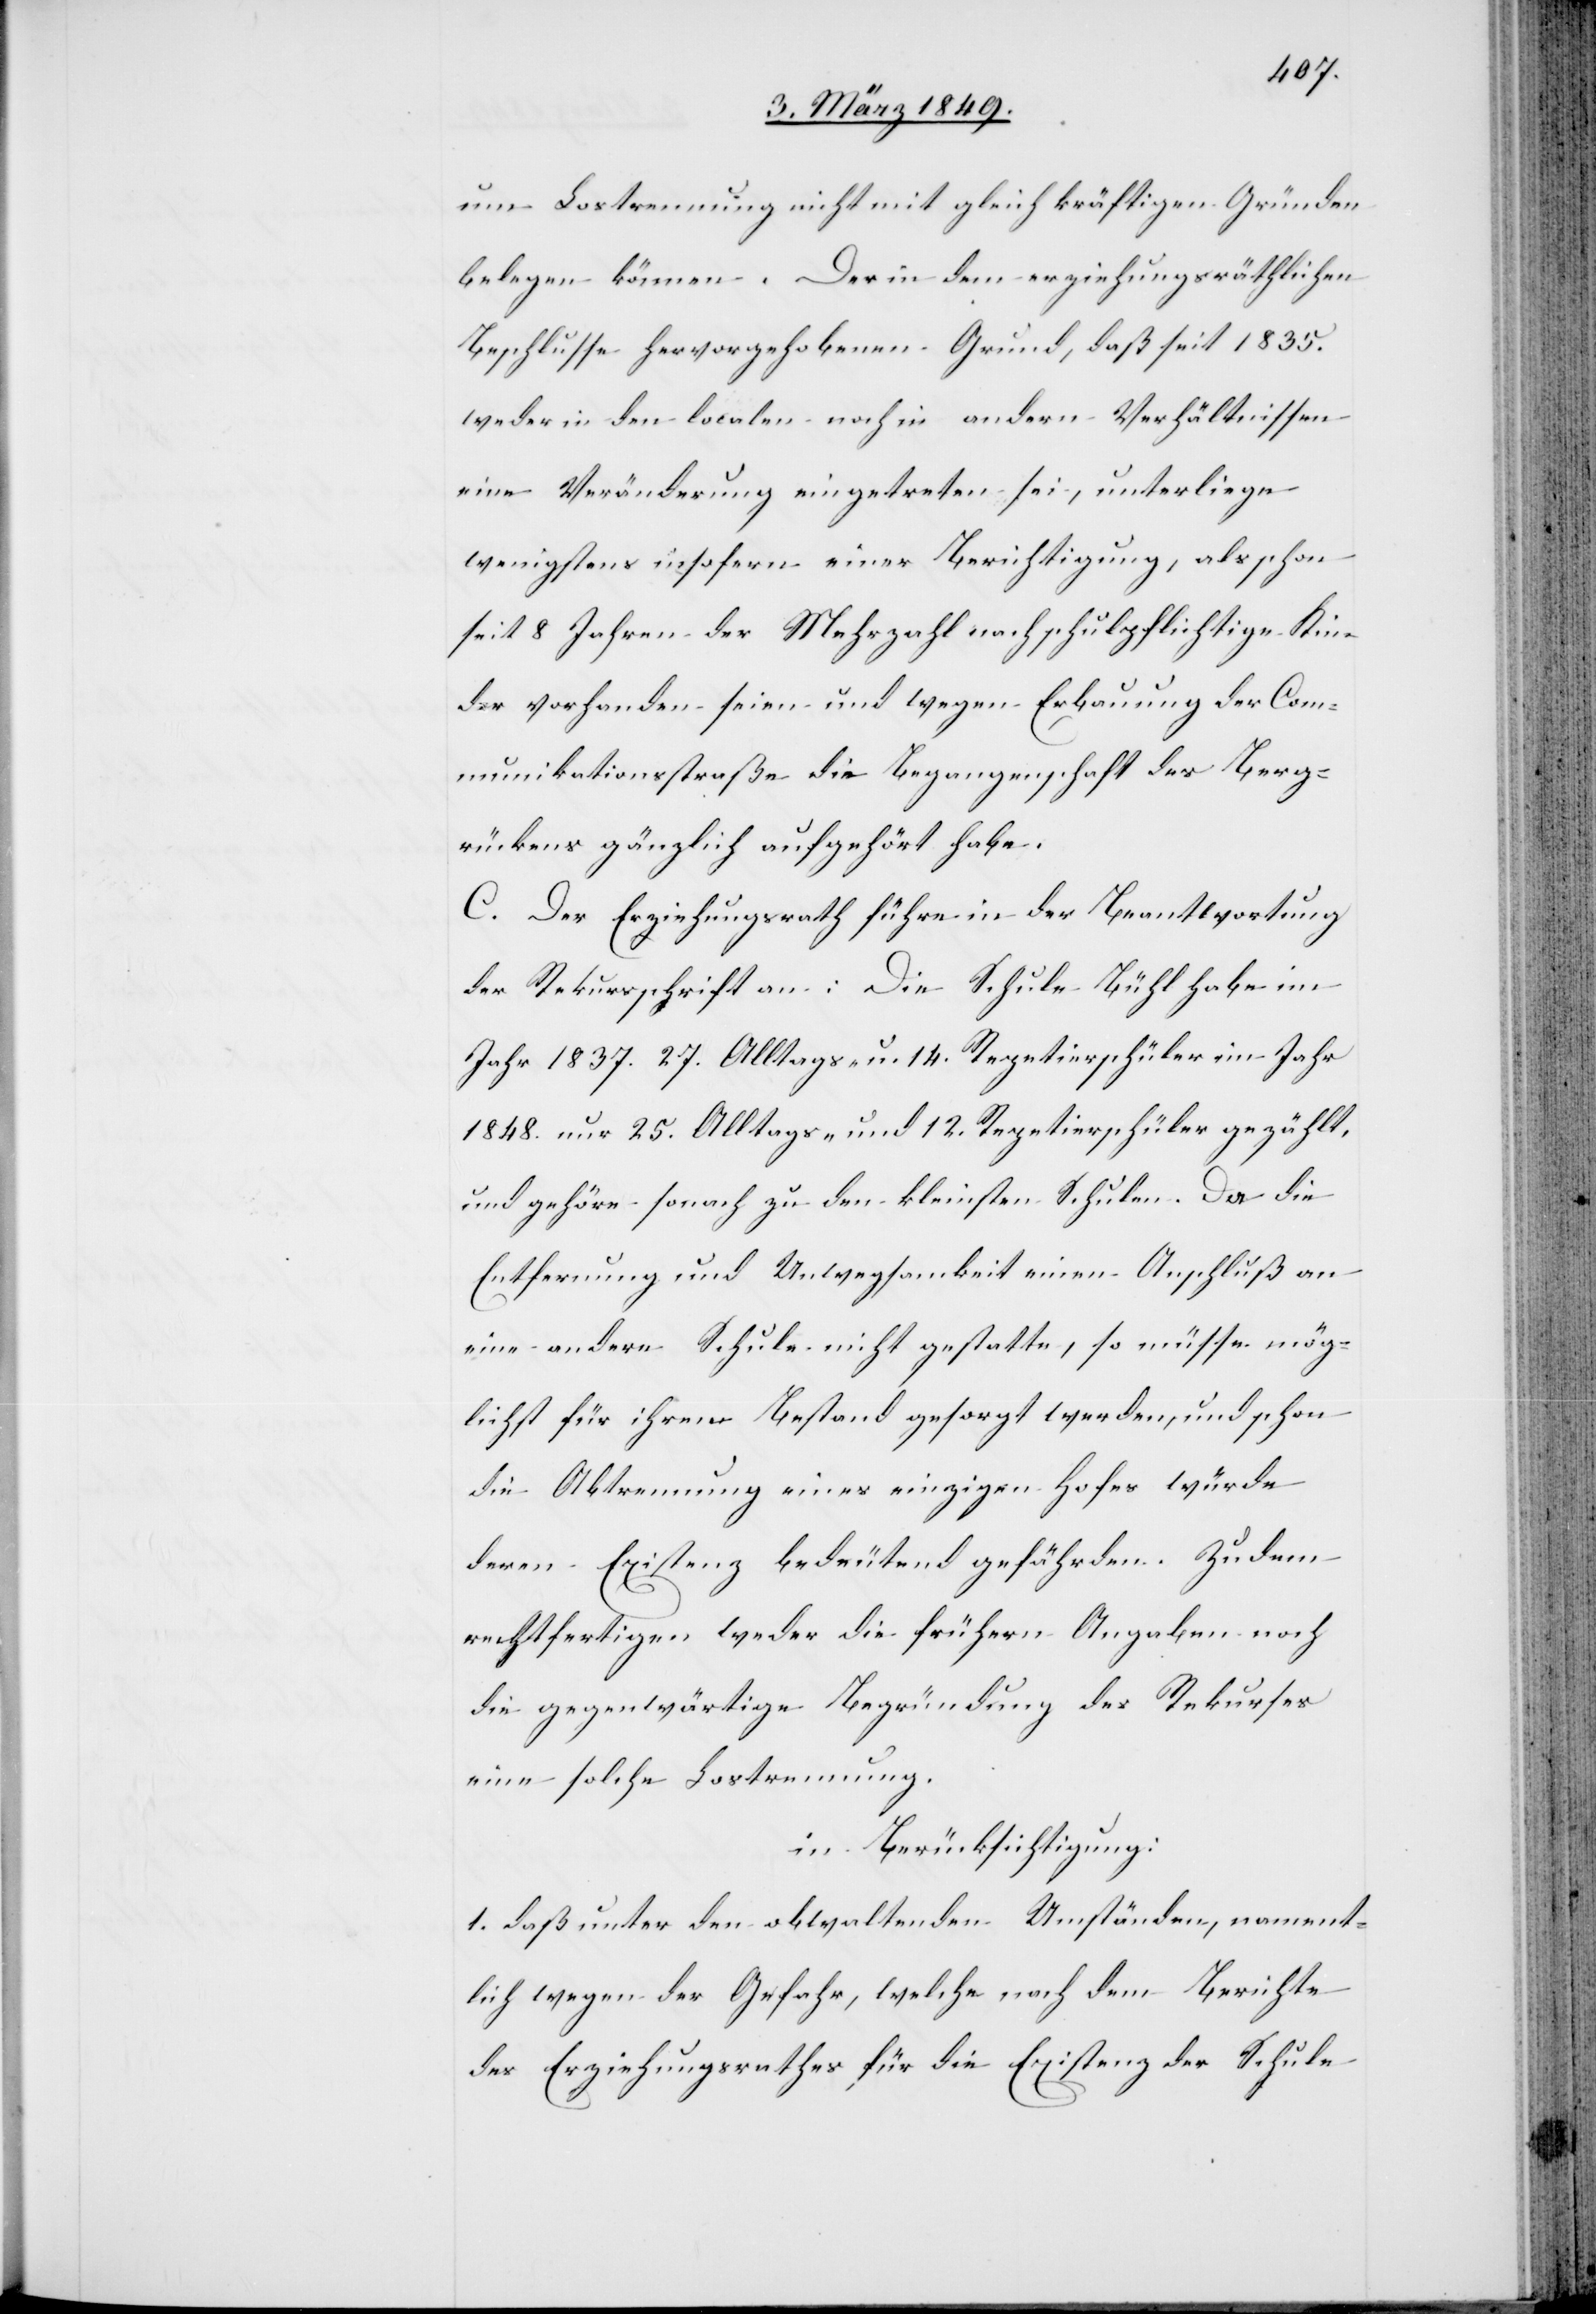
um Lostrennung nicht mit gleich kräftigen Gründen
belegen können. Der in dem regierungsräthlichen
Beschlusse hervorgehobenen [sic!] Grund, daß seit 1835.
weder in den localen noch in andern Verhältnissen
eine Veränderung eingetreten sei, unterliege
wenigstens insofern einer Berichtigung, als schon
seit 8 Jahren der Mehrzahl nach schulpflichtige Kin¬
der vorhanden seien und wegen Erbauung der Com¬
munikationsstraße die Begangenschaft des Berg¬
rückens gänzlich aufgehört habe.
C. Der Erziehungsrath führe in der Beantwortung
der Rekursschrift an: Die Schule Bühl habe im
Jahr 1837. 27. Alltags- u. 14. Repetierschüler im Jahr
1848. nur 25. Alltags- und 12. Repetierschüler gezählt,
und gehöre sonach zu den kleinsten Schulen. Da die
Entfernung und Unwegsamkeit einen Anschluß an
eine andere Schule nicht gestatte, so müsse mög¬
lichst für ihren Bestand gesorgt werden, und schon
die Abtrennung eines einzigen Hofes würde
deren Existenz bedeutend gefährden. Zudem
rechtfertigen weder die frühern Angaben noch
die gegenwärtige Begründung des Rekurses
eine solche Lostrennung.
in Berücksichtigung:
1. daß unter den obwaltenden Umständen, nament¬
lich wegen der Gefahr, welche nach dem Berichte
des Erziehungsrathes für die Existenz der Schule